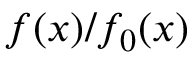
f ( x ) / f _ { 0 } ( x )